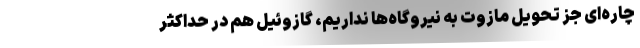
چاره‌ای جز تحویل مازوت به نیروگاه‌ها نداریم، گازوئیل هم در حداکثر